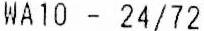
WA10 - 24/72